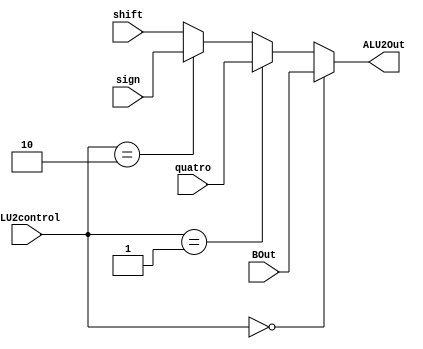
module mux_ALU2( 
    input wire [31:0] BOut, //entrada 1
    input wire [31:0]quatro, // entrada 2
    input wire [31:0]sign, // entrada 3
    input wire [31:0]shift, // entrada 4 
    input wire [1:0] ALU2control,
    output wire [31:0] ALU2Out
);

 
    assign ALU2Out = (ALU2control == 2'b00) ? BOut :
     (ALU2control == 2'b01) ? quatro :
     (ALU2control == 2'b10) ? sign :
     shift; 

endmodule